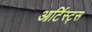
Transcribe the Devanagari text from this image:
आर्टिस्ट्‍स